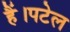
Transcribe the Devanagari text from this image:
हैं।पटेल